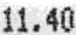
11.40